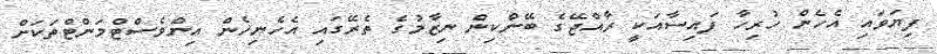
ފިޔަވައި އެހެން ހުރިހާ ފައިސާއަކީ ރާއްޖޭގެ ބޭންކިން ނިޒާމުގެ ތެރޭގައި އެހެނިހެން އިންވެސްޓްމަންޓްތަކަށް